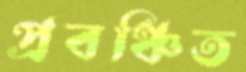
প্রবঞ্চিত